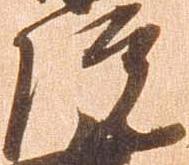
院